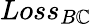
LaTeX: Loss_{B\mathbb{C}}